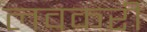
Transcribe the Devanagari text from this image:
लवकरी